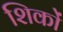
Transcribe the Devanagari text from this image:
शिकों